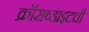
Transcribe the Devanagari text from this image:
क्रॉसव्हाइटची